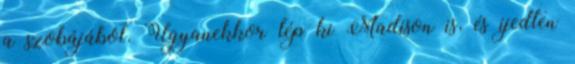
a szobájából. Ugyanekkor lép ki Madison is, és ijedten